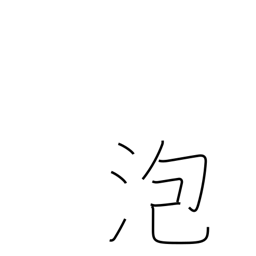
Meaning: foam